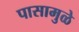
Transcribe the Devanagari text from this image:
पासामुळे